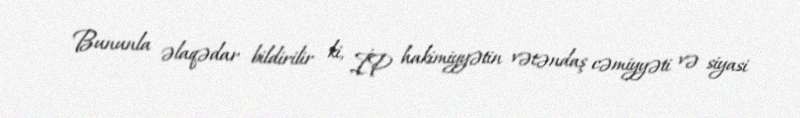
Bununla əlaqədar bildirilir ki, İP hakimiyyətin vətəndaş cəmiyyəti və siyasi